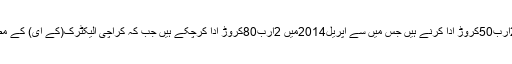
کراچی واٹر اینڈ سیوریج بورڈ کے مطابق کراچی الیکٹر ک کو 24ارب50کروڑ ادا کرنے ہیں جس میں سے اپریل2014میں 2ارب80کروڑ ادا کرچکے ہیں جب کہ کراچی الیکٹرک(کے ای) کے مطابق واٹر اینڈ سیوریج بورڈ پر 32ارب روپے کے بقایا جات ہیں ۔